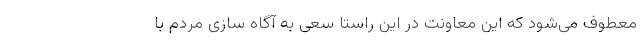
معطوف می‌شود که این معاونت در این راستا سعی به آگاه سازی مردم با